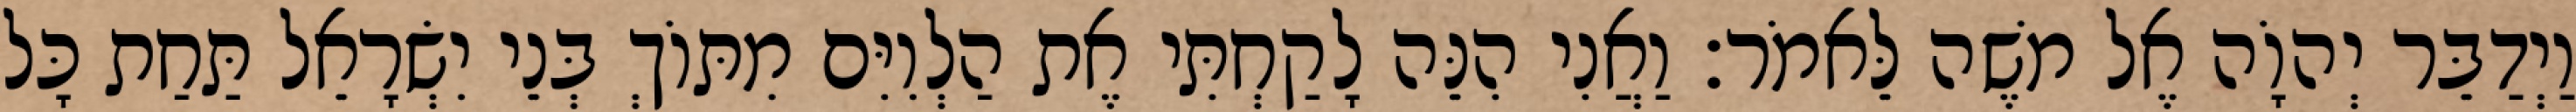
וַיְדַבֵּר יְהוָֹה אֶל משֶׁה לֵּאמֹר׃ וַאֲנִי הִנֵּה לָקַחְתִּי אֶת הַלְוִיִּם מִתּוֹךְ בְּנֵי יִשְׂרָאֵל תַּחַת כָּל